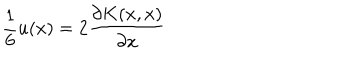
{ \frac { 1 } { 6 } } u ( x ) = 2 { \frac { \partial K ( x , x ) } { \partial x } }